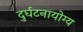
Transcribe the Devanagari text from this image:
दुर्घटनायोग्य